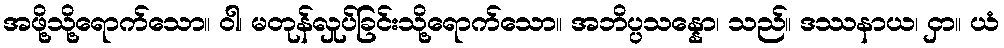
အဖို့သို့ရောက်သော။ ဝါ၊ မတုန်လှုပ်ခြင်းသို့ရောက်သော။ အဘိပ္ပသန္နော၊ သည်။ ဒဿနာယ၊ ငှာ။ ယံ